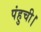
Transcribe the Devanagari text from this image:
पंहुची।